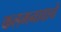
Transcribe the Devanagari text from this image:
कलमनावाने